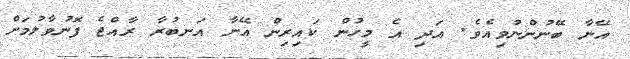
އޭނާ ބޭނުންނުވިއެވެ. އަދި އެ މީހުން ކައިރިން އޭނާ އަނބުރާ ރާއްޖެ ފޮނުވާލުމަށް